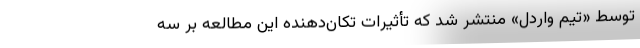
توسط «تیم واردل» منتشر شد که تأثیرات تکان‌دهنده این مطالعه بر سه